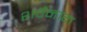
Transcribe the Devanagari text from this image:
शर्वनाग